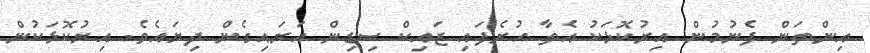
އިންތަން ފެނުމުން އިރުކޮޅަކު އެތާ ހުރެފައި ޒައިކް ސިޑިން އަރައިގެން ދިޔައެވެ. އިރުކޮޅަކުން